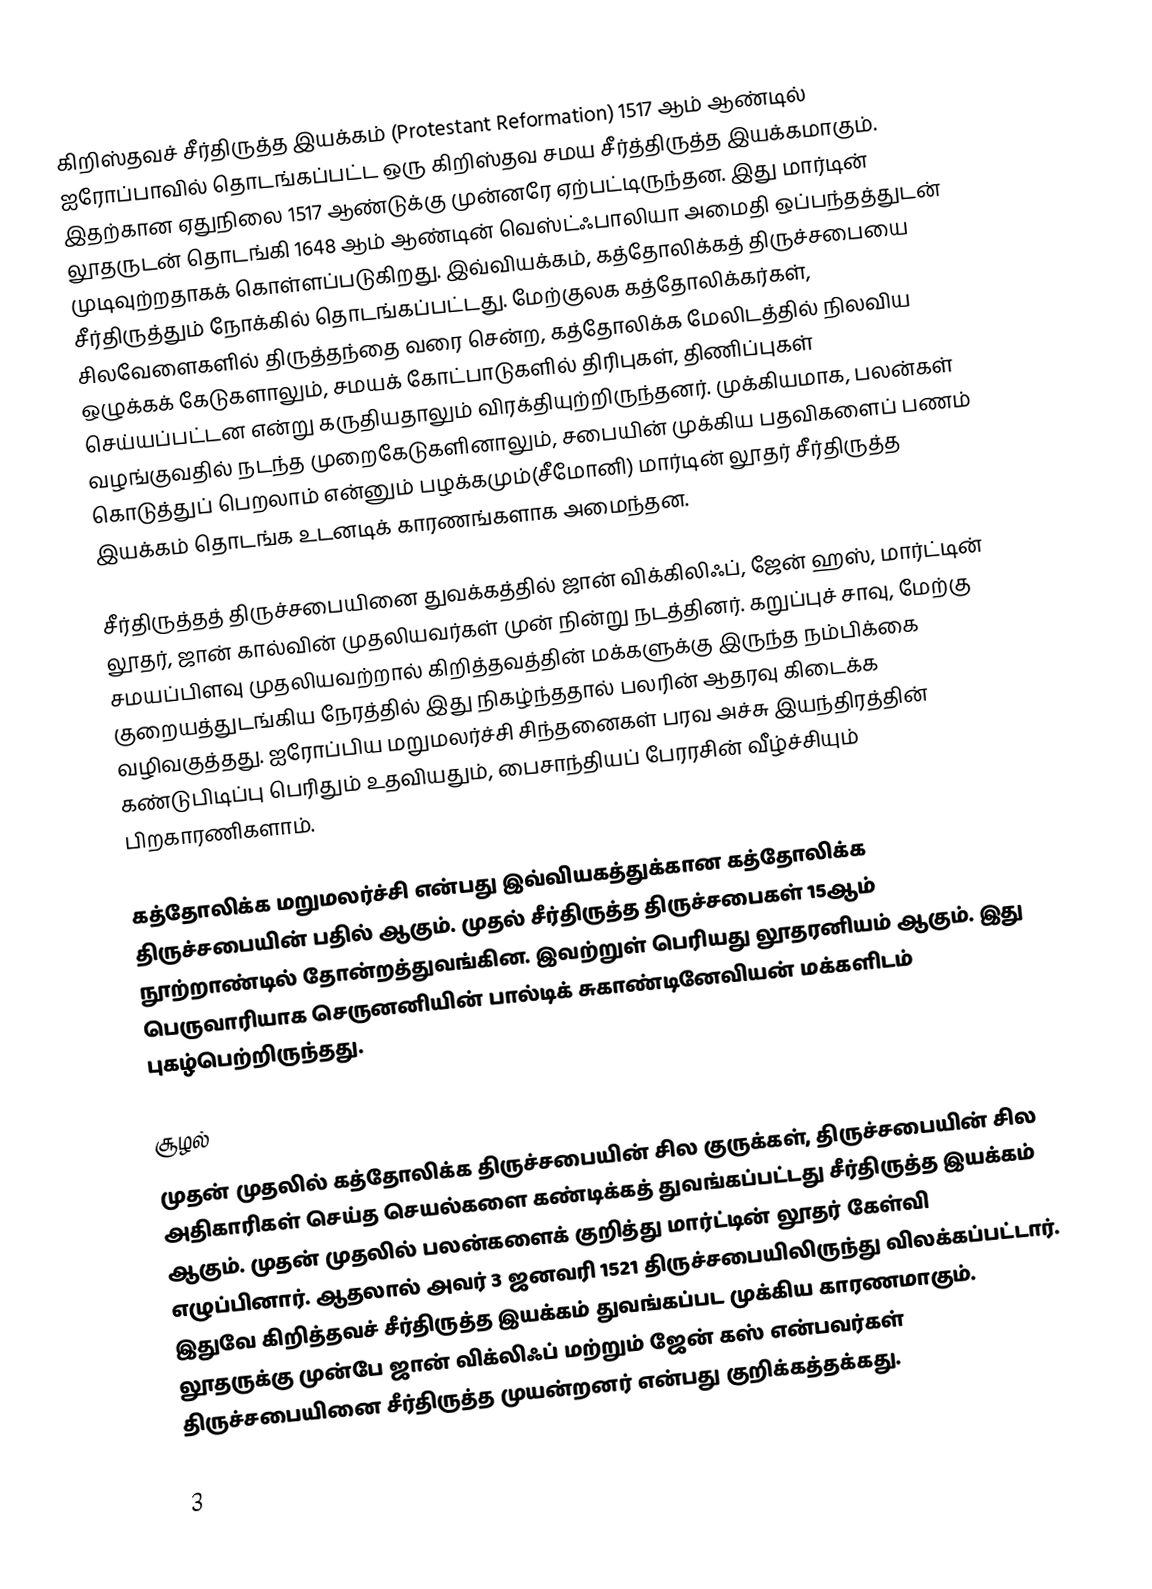
கிறிஸ்தவச் சீர்திருத்த இயக்கம் (Protestant Reformation) 1517 ஆம் ஆண்டில் ஐரோப்பாவில் தொடங்கப்பட்ட ஒரு கிறிஸ்தவ சமய சீர்த்திருத்த இயக்கமாகும். இதற்கான ஏதுநிலை 1517 ஆண்டுக்கு முன்னரே ஏற்பட்டிருந்தன. இது மார்டின் லூதருடன் தொடங்கி 1648 ஆம் ஆண்டின் வெஸ்ட்ஃபாலியா அமைதி ஒப்பந்தத்துடன் முடிவுற்றதாகக் கொள்ளப்படுகிறது. இவ்வியக்கம், கத்தோலிக்கத் திருச்சபையை சீர்திருத்தும் நோக்கில் தொடங்கப்பட்டது. மேற்குலக கத்தோலிக்கர்கள், சிலவேளைகளில் திருத்தந்தை வரை சென்ற, கத்தோலிக்க மேலிடத்தில் நிலவிய ஒழுக்கக் கேடுகளாலும், சமயக் கோட்பாடுகளில் திரிபுகள், திணிப்புகள் செய்யப்பட்டன என்று கருதியதாலும் விரக்தியுற்றிருந்தனர். முக்கியமாக, பலன்கள் வழங்குவதில் நடந்த முறைகேடுகளினாலும், சபையின் முக்கிய பதவிகளைப் பணம் கொடுத்துப் பெறலாம் என்னும் பழக்கமும்(சீமோனி) மார்டின் லூதர் சீர்திருத்த இயக்கம் தொடங்க உடனடிக் காரணங்களாக அமைந்தன.

சீர்திருத்தத் திருச்சபையினை துவக்கத்தில் ஜான் விக்கிலிஃப், ஜேன் ஹஸ், மார்ட்டின் லூதர், ஜான் கால்வின் முதலியவர்கள் முன் நின்று நடத்தினர். கறுப்புச் சாவு, மேற்கு சமயப்பிளவு முதலியவற்றால் கிறித்தவத்தின் மக்களுக்கு இருந்த நம்பிக்கை குறையத்துடங்கிய நேரத்தில் இது நிகழ்ந்ததால் பலரின் ஆதரவு கிடைக்க வழிவகுத்தது. ஐரோப்பிய மறுமலர்ச்சி சிந்தனைகள் பரவ அச்சு இயந்திரத்தின் கண்டுபிடிப்பு பெரிதும் உதவியதும், பைசாந்தியப் பேரரசின் வீழ்ச்சியும் பிறகாரணிகளாம்.

கத்தோலிக்க மறுமலர்ச்சி என்பது இவ்வியகத்துக்கான கத்தோலிக்க திருச்சபையின் பதில் ஆகும். முதல் சீர்திருத்த திருச்சபைகள் 15ஆம் நூற்றாண்டில் தோன்றத்துவங்கின. இவற்றுள் பெரியது லூதரனியம் ஆகும். இது பெருவாரியாக செருனனியின் பால்டிக் சுகாண்டினேவியன் மக்களிடம் புகழ்பெற்றிருந்தது.

சூழல்
முதன் முதலில்  கத்தோலிக்க திருச்சபையின் சில குருக்கள், திருச்சபையின் சில அதிகாரிகள் செய்த செயல்களை கண்டிக்கத் துவங்கப்பட்டது சீர்திருத்த இயக்கம் ஆகும். முதன் முதலில் பலன்களைக் குறித்து மார்ட்டின் லூதர் கேள்வி எழுப்பினார். ஆதலால் அவர் 3 ஜனவரி 1521 திருச்சபையிலிருந்து விலக்கப்பட்டார். இதுவே கிறித்தவச் சீர்திருத்த இயக்கம் துவங்கப்பட முக்கிய காரணமாகும். லூதருக்கு முன்பே ஜான் விக்லிஃப் மற்றும் ஜேன் கஸ் என்பவர்கள் திருச்சபையினை சீர்திருத்த முயன்றனர் என்பது குறிக்கத்தக்கது.

3